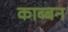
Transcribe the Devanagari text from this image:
काब्बन